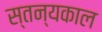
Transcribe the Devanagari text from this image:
स्तन्यकाल